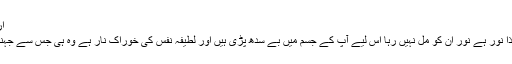
ارواحوں کی غذا :
چھ لطائف کی غذا نور ہے نور ان کو مل نہیں رہا اس لیے آپ کے جسم میں بے سدھ پڑی ہیں اور لطیفہ نفس کی خوراک نار ہے وہ ہی جس سے جہنم بنائی گئی تھی۔